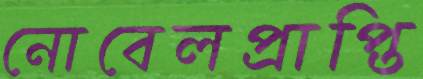
নোবেলপ্রাপ্তি